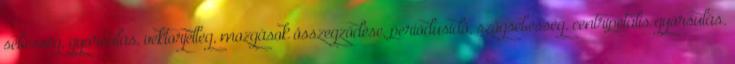
sebesség, gyorsulás, vektorjelleg, mozgások összegződése, periódusidő, szögsebesség, centripetális gyorsulás.